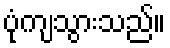
ပုံကျသွားသည်။